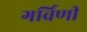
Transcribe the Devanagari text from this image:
गर्विणी